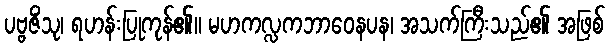
ပဗ္ဗဇိံသု၊ ရဟန်းပြုကုန်၏။ မဟကလ္လကဘာဝေနပန၊ အသက်ကြီးသည်၏ အဖြစ်